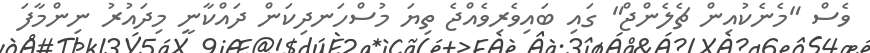
ވެސް "މެނެކުއިން ޗެލެންޖް" ގައި ބައިވެރިވެއްޖެ ތިޔަ މުސްހަނދިކަން ދައްކާނީ މިދައުރު ނިންމާފަ